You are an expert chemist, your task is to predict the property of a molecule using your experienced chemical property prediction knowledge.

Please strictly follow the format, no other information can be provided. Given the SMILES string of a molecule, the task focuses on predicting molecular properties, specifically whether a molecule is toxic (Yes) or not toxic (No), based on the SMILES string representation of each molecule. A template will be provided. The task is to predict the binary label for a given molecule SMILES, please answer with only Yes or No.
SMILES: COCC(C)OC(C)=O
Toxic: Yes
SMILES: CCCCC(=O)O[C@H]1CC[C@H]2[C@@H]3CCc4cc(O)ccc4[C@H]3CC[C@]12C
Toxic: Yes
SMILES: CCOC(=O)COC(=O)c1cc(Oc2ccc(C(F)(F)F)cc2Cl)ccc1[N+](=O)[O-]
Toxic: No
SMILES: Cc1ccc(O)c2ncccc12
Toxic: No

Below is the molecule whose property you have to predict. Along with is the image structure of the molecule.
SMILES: c1ccc(COCc2ccccc2)cc1
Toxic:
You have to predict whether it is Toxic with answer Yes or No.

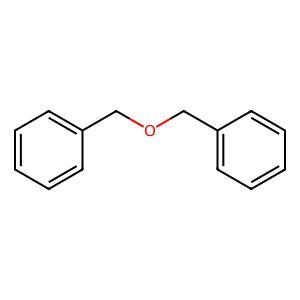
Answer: No